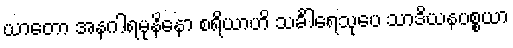
ယာတော အနဂါရမုနိနော စရိယာဟိ သင်္ခါရေသုပေ သာဒိယနပစ္စယာ